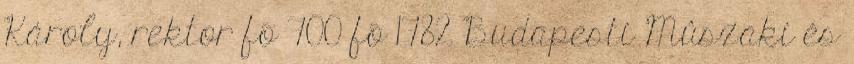
Károly, rektor fõ 700 fõ 1782 Budapesti Mûszaki és